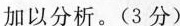
加以分析。(3分)